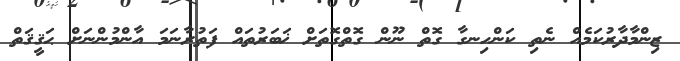
ޒިންމާދާރުކަމެއް ނެތި ކަންހިނގާ ގޮތް ނޫން ގޮތްގޮތަށް ޚަބަރުތައް ފަތުރާނަމަ އާންމުންނަށް ޙަޤީޤަތް